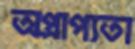
অপ্রাপ্যতা